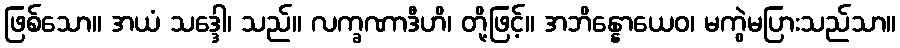
ဖြစ်သော။ အယံ သဒ္ဒေါ၊ သည်။ လက္ခဏာဒီဟိ၊ တို့ဖြင့်။ အဘိန္နောယေဝ၊ မကွဲမပြားသည်သာ။